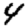
Digit: 4